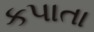
કપાતા